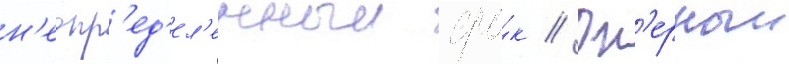
н'еопр'ед'ел'енныи сро́к // Оп'ерныи